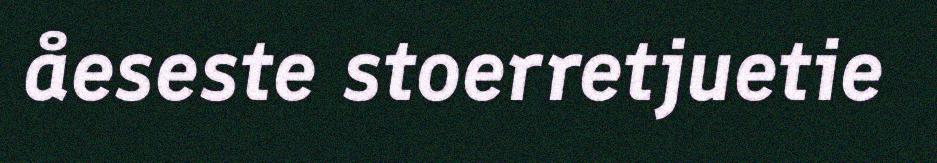
åeseste stoerretjuetie